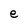
Character: e